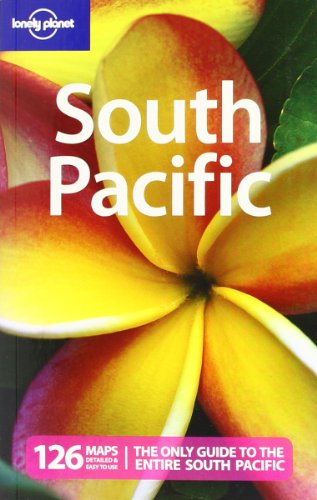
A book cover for South Pacific (Multi Country Travel Guide); Rowan Mckinnon; Travel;